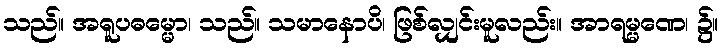
သည်။ အရူပဓမ္မော၊ သည်။ သမာနောပိ၊ ဖြစ်လျှင်းမူလည်း။ အာရမ္မဏေ၊ ၌။